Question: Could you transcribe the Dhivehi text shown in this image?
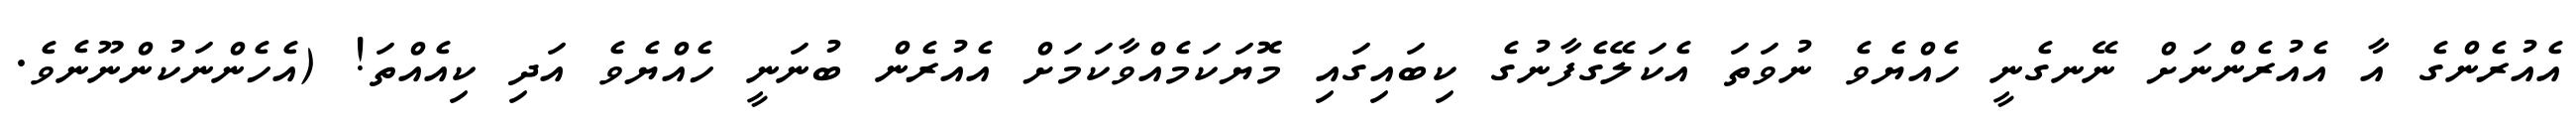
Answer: އެއުރެންގެ އާ އެއުރެންނަށް ނޭނގެނީ ހެއްޔެވެ ނުވަތަ އެކަލޭގެފާނުގެ ކިބައިގައި މޮޔަކަމެއްވާކަމަށް އެއުރެން ބުނަނީ ހެއްޔެވެ އަދި ކިއެއްތަ! (އެހެންނަކުންނޫނެވެ.